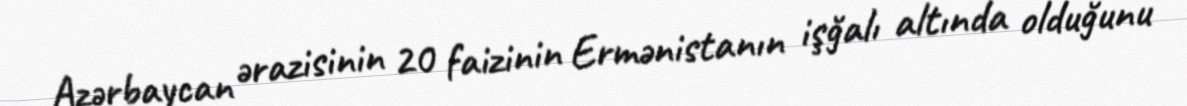
Azərbaycan ərazisinin 20 faizinin Ermənistanın işğalı altında olduğunu